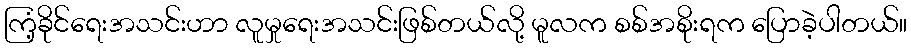
ကြံ့ခိုင်ရေးအသင်းဟာ လူမှုရေးအသင်းဖြစ်တယ်လို့ မူလက စစ်အစိုးရက ပြောခဲ့ပါတယ်။